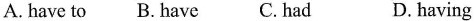
A.have to B. have C. had D.having